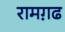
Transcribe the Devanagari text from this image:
रामग़ढ